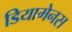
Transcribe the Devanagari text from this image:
डियामेनस